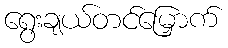
ရွေးချယ်တင်မြှောက်